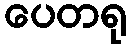
ပေတရု